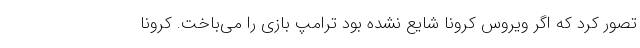
تصور کرد که اگر ویروس کرونا شایع نشده بود ترامپ بازی را می‌باخت. کرونا